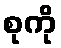
စုကို